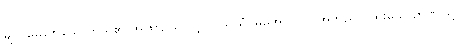
မျက်မှောက်သောကိုယ်၏ အဖြစ်၌သာလျှင်။ သယံ၊ မိမိအလိုလို။ အဘိညာ၊ ထူးသောဉာဏ်ဖြင့်